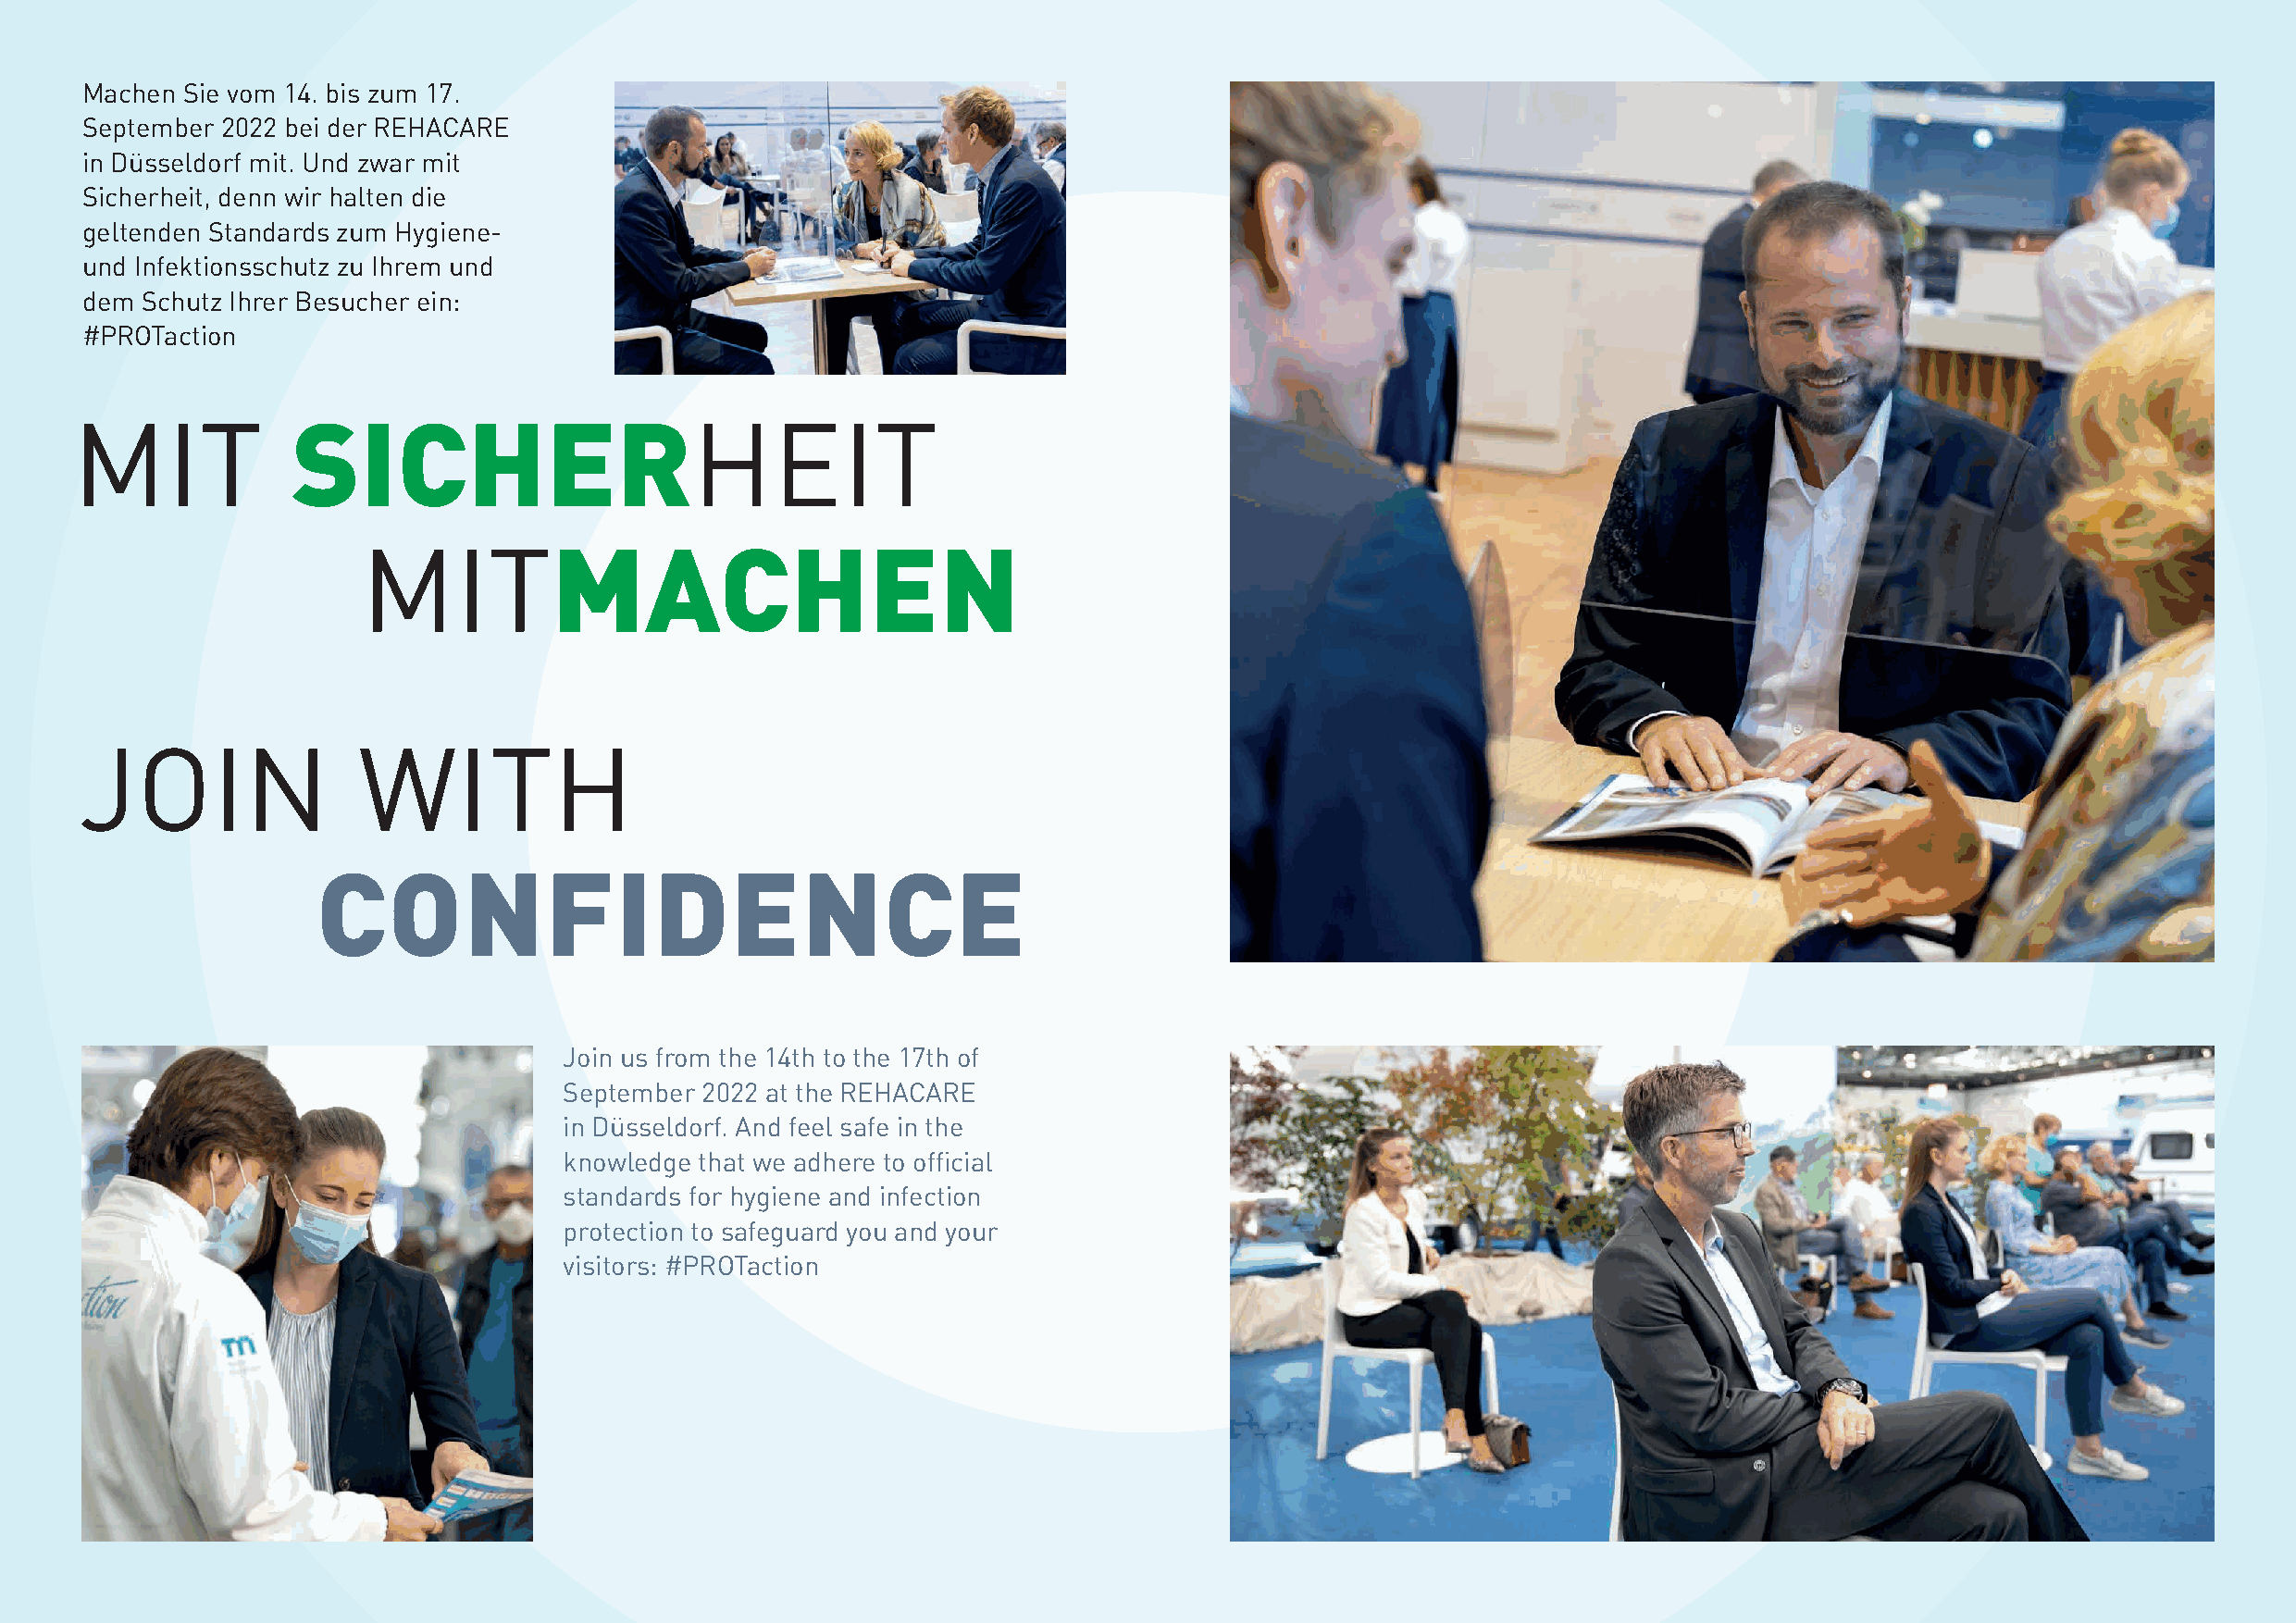
Machen Sie vom 14. bis zum 17.
 September 2022 bei der REHACARE
 in Düsseldorf mit. Und zwar mit
 Sicherheit, denn wir halten die
 geltenden Standards zum Hygiene-
 und Infektionsschutz zu Ihrem und
 dem Schutz Ihrer Besucher ein:
 #PROTaction
 MIT             SICHERHEIT
 MITMACHEN
 JOIN                WITH
 CONFIDENCE
 Join us from the 14th to the 17th of
 September 2022 at the REHACARE
 in Düsseldorf. And feel safe in the
 knowledge that we adhere to official
 standards for hygiene and infection
 protection to safeguard you and your
 visitors: #PROTaction